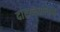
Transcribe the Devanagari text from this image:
दारालसलाम